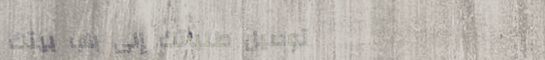
توصيل طلباتك إلى باب بيتك